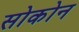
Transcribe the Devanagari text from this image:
सोकोन